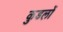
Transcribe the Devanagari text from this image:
कुडलों